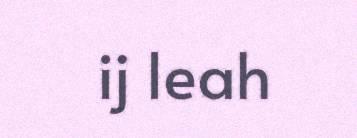
ij leah